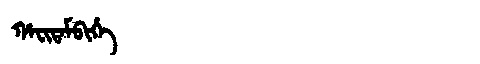
Manchu: ᡥᠠᠸᡳᡨᠠᠮᠪᡳᡥᡝ
Romanization: HAFITAMBIHE